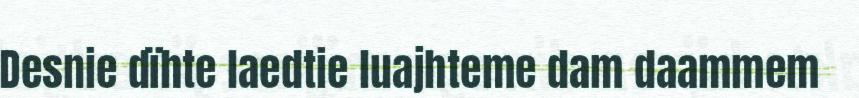
Desnie dïhte laedtie luajhteme dam daammem